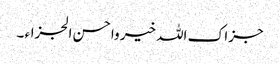
جزاک اللہ خیر واحسن الجزاء ۔